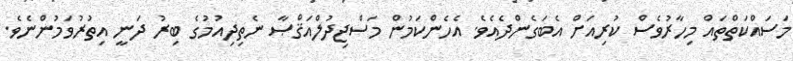
މަސައްކަތްތައް މިހާރުވެސް ކުރިއަށް އެބަގެންދެއެވެ. އެހެންކަމުން މަސްޖިދުލްއަޤްޞާ ނެތިދިއުމުގެ ބިރު ދަނީ އިތުރުވަމުންނެވެ.